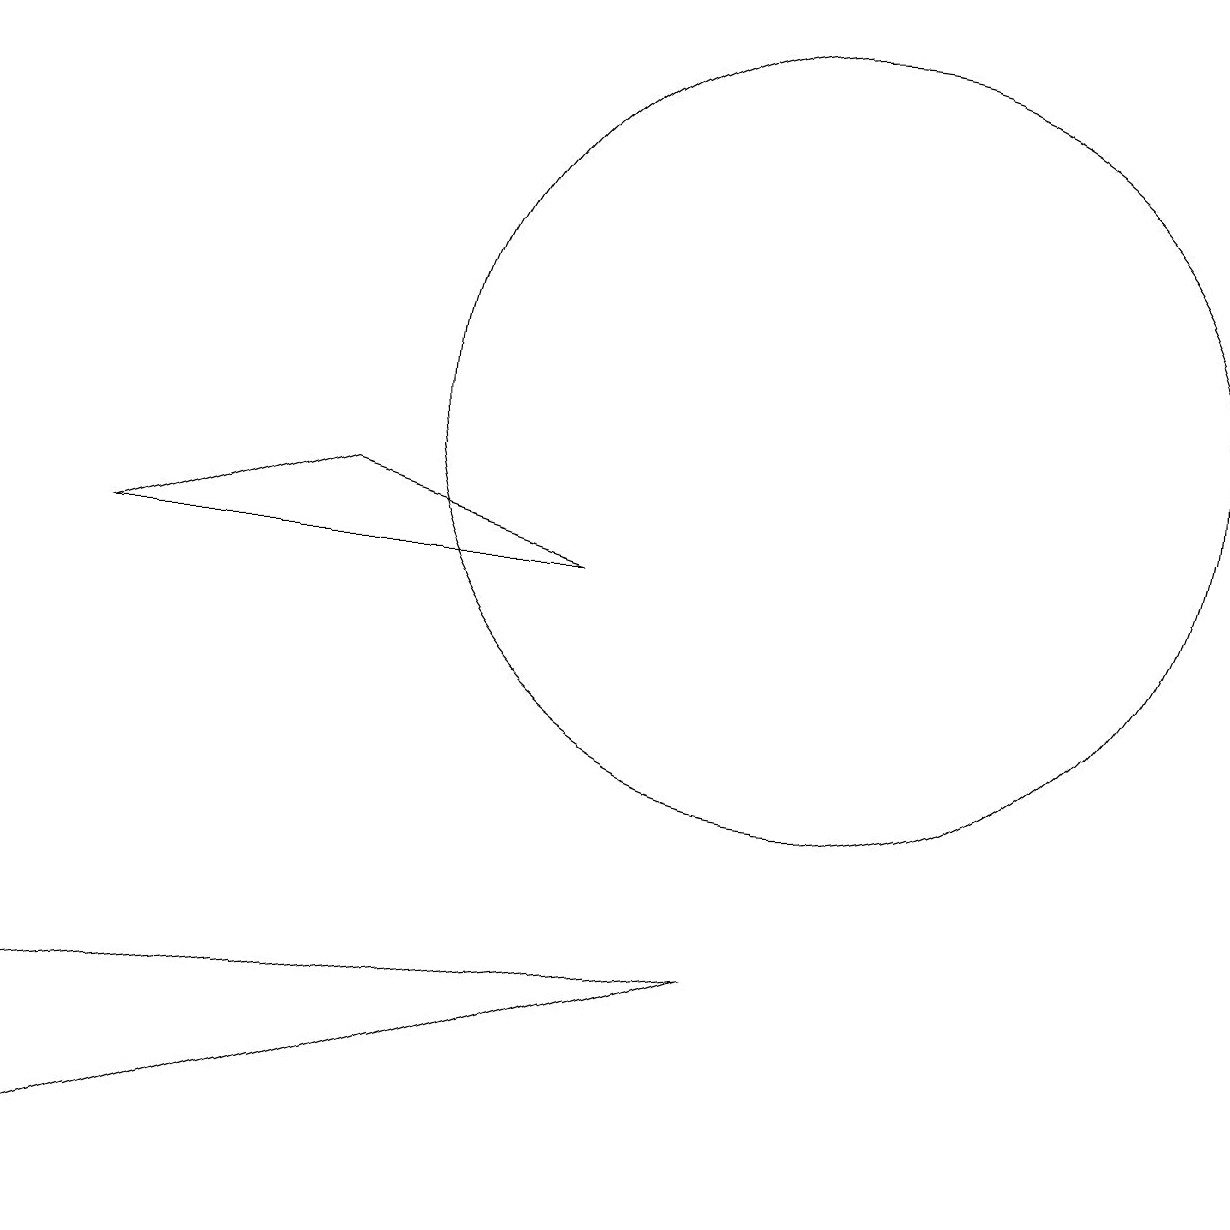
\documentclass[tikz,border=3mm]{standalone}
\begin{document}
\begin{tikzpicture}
\draw (4,9) -- (1,8) -- (7,8) -- cycle;
\draw (9,3) -- (0,2) -- (0,0) -- cycle;
\draw (10,10) circle (5);
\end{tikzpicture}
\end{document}